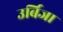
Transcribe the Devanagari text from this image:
उर्बिजा